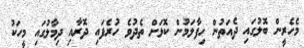
މެހެރީން ބޮލުގައި ދެއަތުން ހިފާލަމުން ކޮޅަށް ތެދުވެ ހުރެފައި ދޮރާއި ދިމާލުގައި މީހަކު